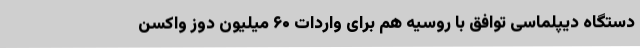
دستگاه دیپلماسی توافق با روسیه هم برای واردات ۶۰ میلیون دوز واکسن